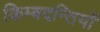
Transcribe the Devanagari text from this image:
किम्बदन्तियों